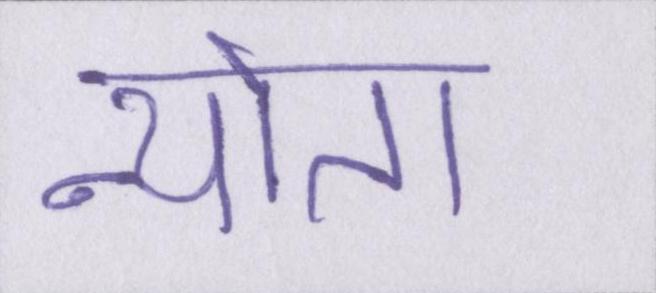
न्योता